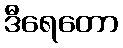
ဒီရေတော